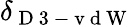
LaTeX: \delta_{\mathrm{~D~3~-~v~d~W~}}